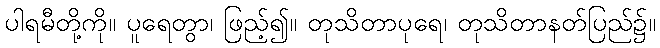
ပါရမီတို့ကို။ ပူရေတွာ၊ ဖြည့်၍။ တုသိတာပုရေ၊ တုသိတာနတ်ပြည်၌။